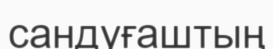
сандуғаштың